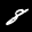
Label: 8